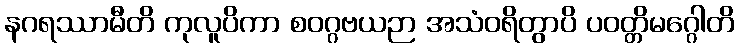
နဂရဿာမီတိ ကုလူပိကာ စဝဂ္ဂဗယဉာ အသံဝရိတွာပိ ပဝတ္တိမဂ္ဂေါတိ